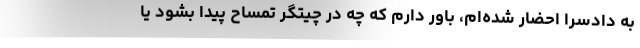
به دادسرا احضار شده‌ام، باور دارم که چه در چیتگر تمساح پیدا بشود یا